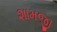
શામજી